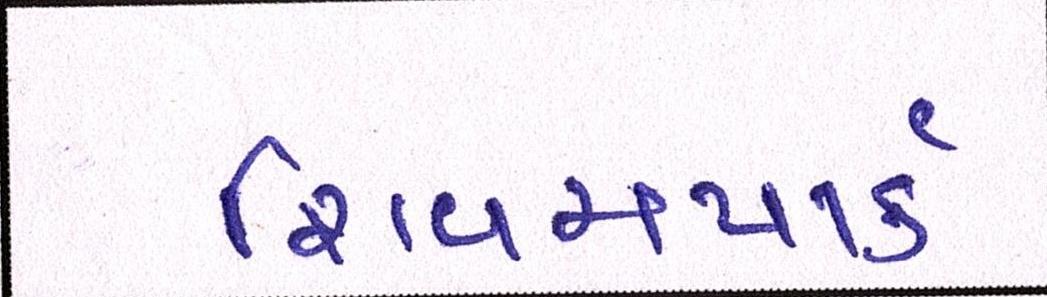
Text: શિવમપાર્ક